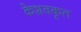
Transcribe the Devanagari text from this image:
केशवकृत